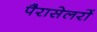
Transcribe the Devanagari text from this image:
पैरासेलरों